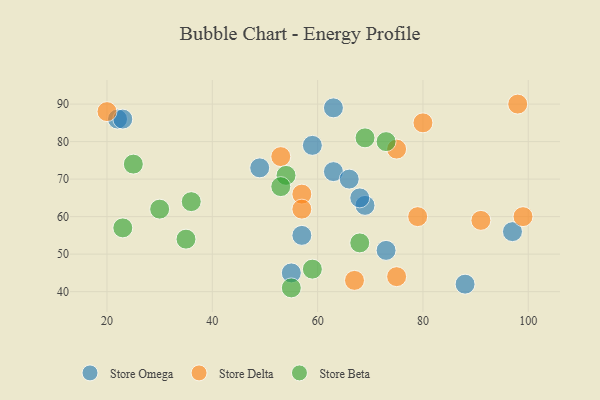
{"axis": {"x": "GDP", "y": "Life Expectancy"}, "legend": ["Store Beta", "Store Delta", "Store Omega"], "data": [{"x": "22", "y": 86, "type": "Store Omega"}, {"x": "69", "y": 63, "type": "Store Omega"}, {"x": "59", "y": 79, "type": "Store Omega"}, {"x": "63", "y": 72, "type": "Store Omega"}, {"x": "73", "y": 51, "type": "Store Omega"}, {"x": "23", "y": 86, "type": "Store Omega"}, {"x": "66", "y": 70, "type": "Store Omega"}, {"x": "97", "y": 56, "type": "Store Omega"}, {"x": "63", "y": 89, "type": "Store Omega"}, {"x": "49", "y": 73, "type": "Store Omega"}, {"x": "55", "y": 45, "type": "Store Omega"}, {"x": "88", "y": 42, "type": "Store Omega"}, {"x": "68", "y": 65, "type": "Store Omega"}, {"x": "57", "y": 55, "type": "Store Omega"}, {"x": "99", "y": 60, "type": "Store Delta"}, {"x": "91", "y": 59, "type": "Store Delta"}, {"x": "80", "y": 85, "type": "Store Delta"}, {"x": "67", "y": 43, "type": "Store Delta"}, {"x": "57", "y": 66, "type": "Store Delta"}, {"x": "53", "y": 76, "type": "Store Delta"}, {"x": "98", "y": 90, "type": "Store Delta"}, {"x": "75", "y": 78, "type": "Store Delta"}, {"x": "79", "y": 60, "type": "Store Delta"}, {"x": "75", "y": 44, "type": "Store Delta"}, {"x": "57", "y": 62, "type": "Store Delta"}, {"x": "20", "y": 88, "type": "Store Delta"}, {"x": "68", "y": 53, "type": "Store Beta"}, {"x": "35", "y": 54, "type": "Store Beta"}, {"x": "55", "y": 41, "type": "Store Beta"}, {"x": "54", "y": 71, "type": "Store Beta"}, {"x": "53", "y": 68, "type": "Store Beta"}, {"x": "23", "y": 57, "type": "Store Beta"}, {"x": "30", "y": 62, "type": "Store Beta"}, {"x": "59", "y": 46, "type": "Store Beta"}, {"x": "36", "y": 64, "type": "Store Beta"}, {"x": "69", "y": 81, "type": "Store Beta"}, {"x": "25", "y": 74, "type": "Store Beta"}, {"x": "73", "y": 80, "type": "Store Beta"}]}